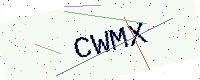
Text: CWMX